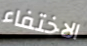
الاختفاء